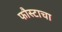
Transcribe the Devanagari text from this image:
फौस्टाचा